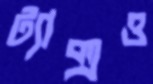
ট্যাক্সও